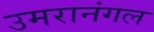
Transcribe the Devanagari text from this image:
उमरानंगल